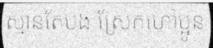
ស្មានតែបង ស្រែកហៅប្អូន